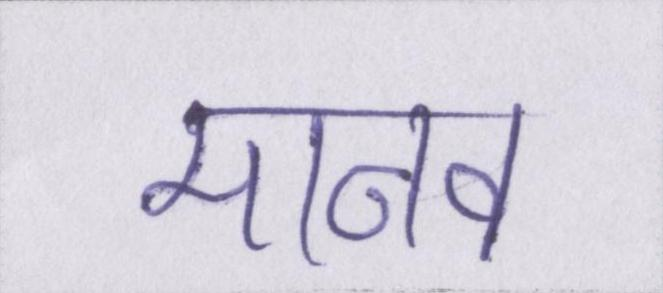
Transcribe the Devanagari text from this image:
मानव